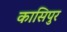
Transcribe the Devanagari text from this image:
कासिपुर